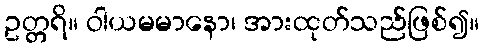
ဥတ္တရိ။ ဝါယမမာနော၊ အားထုတ်သည်ဖြစ်၍။